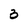
Character: 3